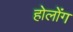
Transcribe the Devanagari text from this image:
होलोंग